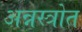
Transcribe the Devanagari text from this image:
अन्नस्त्रोत